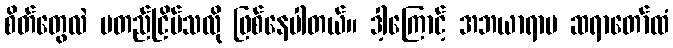
စိတ်တွေလဲ မတည်ငြိမ်သလို ဖြစ်နေပါတယ်။ ဒါ့ကြောင့် အဘယာရာမ ဆရာတော်ထံ